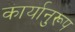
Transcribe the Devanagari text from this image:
कार्यानुरूप